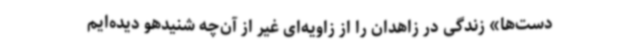
دست‌ها» زندگی در زاهدان را از زاویه‌ای غیر از آن‌چه شنیدهو دیده‌ایم